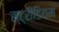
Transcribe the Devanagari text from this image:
स्ट्रीडियम